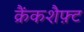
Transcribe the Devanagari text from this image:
क्रैंकशैफ़्ट